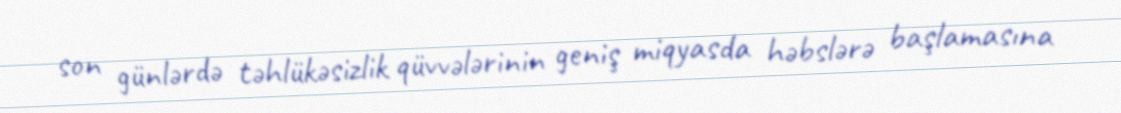
son günlərdə təhlükəsizlik qüvvələrinin geniş miqyasda həbslərə başlamasına